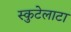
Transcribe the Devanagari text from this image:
स्कुटेलाटा